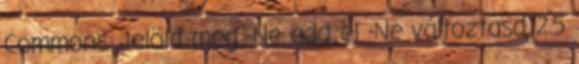
Commons Jelöld meg -Ne add el -Ne változtasd 2.5